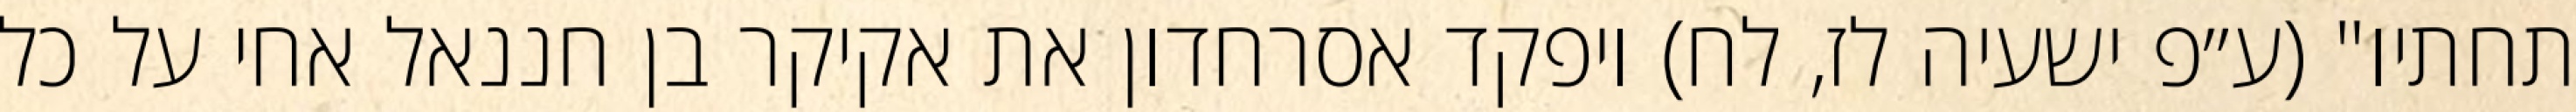
תחתיו" (ע״פ ישעיה לז, לח) ויפקד אסרחדון את אקיקר בן חננאל אחי על כל